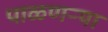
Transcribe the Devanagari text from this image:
पाळणऱ्या